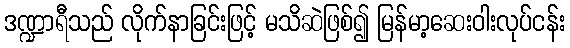
ဒဏ္ဍာရီသည် လိုက်နာခြင်းဖြင့် မသိဆဲဖြစ်၍ မြန်မာ့ဆေးဝါးလုပ်ငန်း